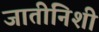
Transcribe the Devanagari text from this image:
जातीनिशी